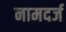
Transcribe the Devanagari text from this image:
नामदर्ज